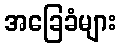
အခြေခံများ